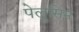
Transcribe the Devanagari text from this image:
पेलुसिम